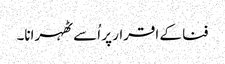
فنا کے اقرار پر اُسے ٹھہرانا۔